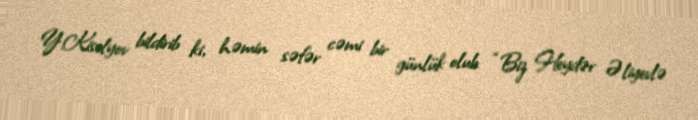
Y.Kiselyov bildirib ki, həmin səfər cəmi bir günlük olub: “Biz Heydər Əliyevlə